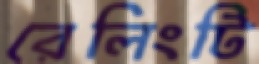
রেলিংটি